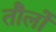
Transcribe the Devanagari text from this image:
तौलों